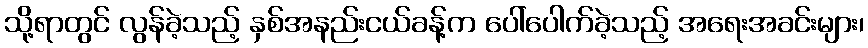
သို့ရာတွင် လွန်ခဲ့သည့် နှစ်အနည်းငယ်ခန့်က ပေါ်ပေါက်ခဲ့သည့် အရေးအခင်းများ၊